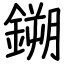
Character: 鎙